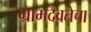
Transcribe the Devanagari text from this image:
ग्रामदैवतेचा